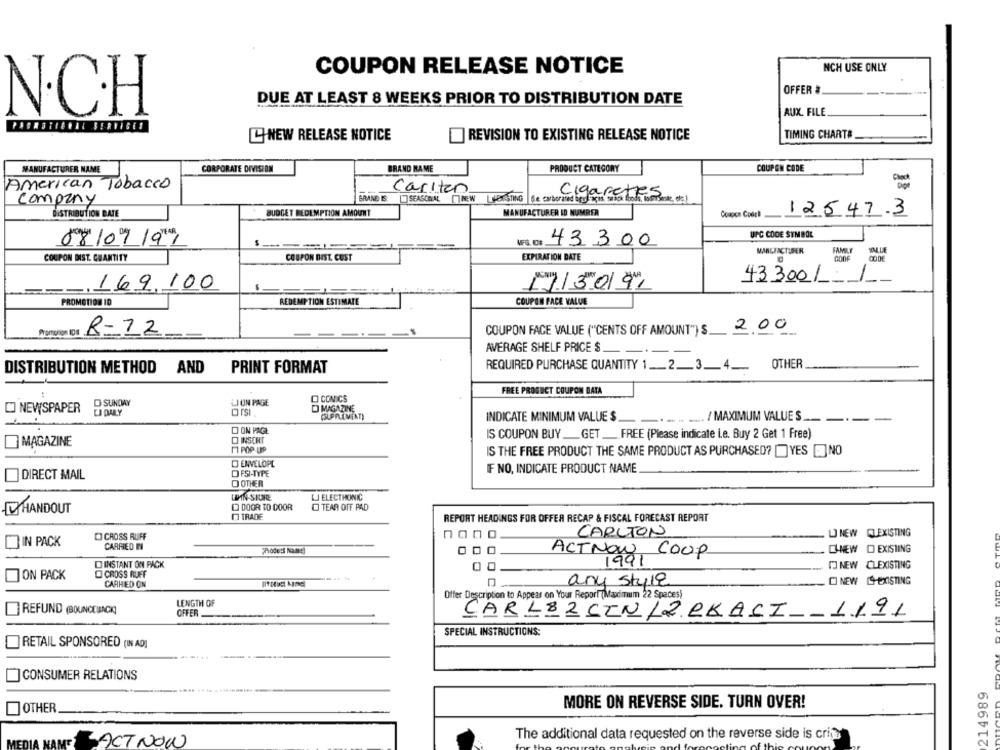
NCH USE ONLY
COUPON RELEASE NOTICE
OFFER #
DUE AT LEAST 8 WEEKS PRIOR TO DISTRIBUTION DATE
N.CH
AUX FILE
PASROTHERAT SERVICES
TIMING CHARTS
[] NEW RELEASE NOTICE
REVISION TO EXISTING RELEASE NOTICE
MANUFACTURER NAME
CORPORATE DIVISION
BRAND NAME
PRODUCT CATEGORY
COUPON CODE
American Tobacco
carlton
company
BRAND E
SEASONAL NEW HOSTING de carborated igu hapis mick foods. lom
MANUFACTURER ID NUMBER
DISTRIBUTION DATE
BUDGET REDEMPTION AMOUNT
Coupon Court
12547.3
UPC CODE SYMBOL
08/09/991
43300
EXPIRATION DATE
MANUFACTURER
FAMILE
COUPON DIST. QUANTITY
COUPON DIST. CUST
169.100
17/3019
43 3001
PROMOTION ID
REDEMPTION ESTIMATE
COUPON FACE VALUE
Promorion ID8
COUPON FACE VALUE ("CENTS OFF AMOUNT") $ 2.00
R=12
AVERAGE SHELF PRICE $.
REQUIRED PURCHASE QUANTITY 1 ___ 2 __ 3 __ 4 __
OTHER
DISTRIBUTION METHOD AND
PRINT FORMAT
FREE PROGUCT COUPON DATA
O SUNDAY
LI UN PAGE
O CONICS
C] NEWSPAPER
DJ MAGAZINE
INDICATE MINIMUM VALUE $
-.- .. ... / MAXIMUM VALUE S __.
-
O ON PAGE
IS COUPON BUY_GET __ FREE (Please indicate i.e. Buy 2 Get 1 Free)
O INSERT
MAGAZINE
11 POP-UP
IS THE FREE PRODUCT THE SAME PRODUCT AS PURCHASED? []YES [] NO
O ENVELOPE
DFSI-TYPE
IF NO, INDICATE PRODUCT NAME
DIRECT MAIL
O OTHER
LIN-SIURE
LJ ELECTRONIC
HANDOUT
[ DOOR TO DOOR
TEAR OFF PAD
[ TRADE
REPORT HEADINGS FOR OFFER RECAP & FISCAL FORECAST REPORT
CARLTON
LJ NEW EXISTING
CROSS RUFF
nano
IN PACK
CARRIED IN
O EXISTING
ACTNOW
Coop
ONEW
1991
INSTANT ON PACK
[] NEW CLEXISTING
JON PACK
O CROSS RUFF
CARHED ON
any style
[ NEW LS-EXISTING
Offer Description to Appear on Your Report (Maximum 22 Spaces)
LENGTH OF
REFUND (BOUNCEBACK]
OFFER
CARL82CIN/2CKASI- 1191
SPECIAL INSTRUCTIONS:
] RETAIL SPONSORED (IN AD]
|CONSUMER RELATIONS
214989
MORE ON REVERSE SIDE. TURN OVER!
OTHER
The additional data requested on the reverse side is crig
-ACT NOW